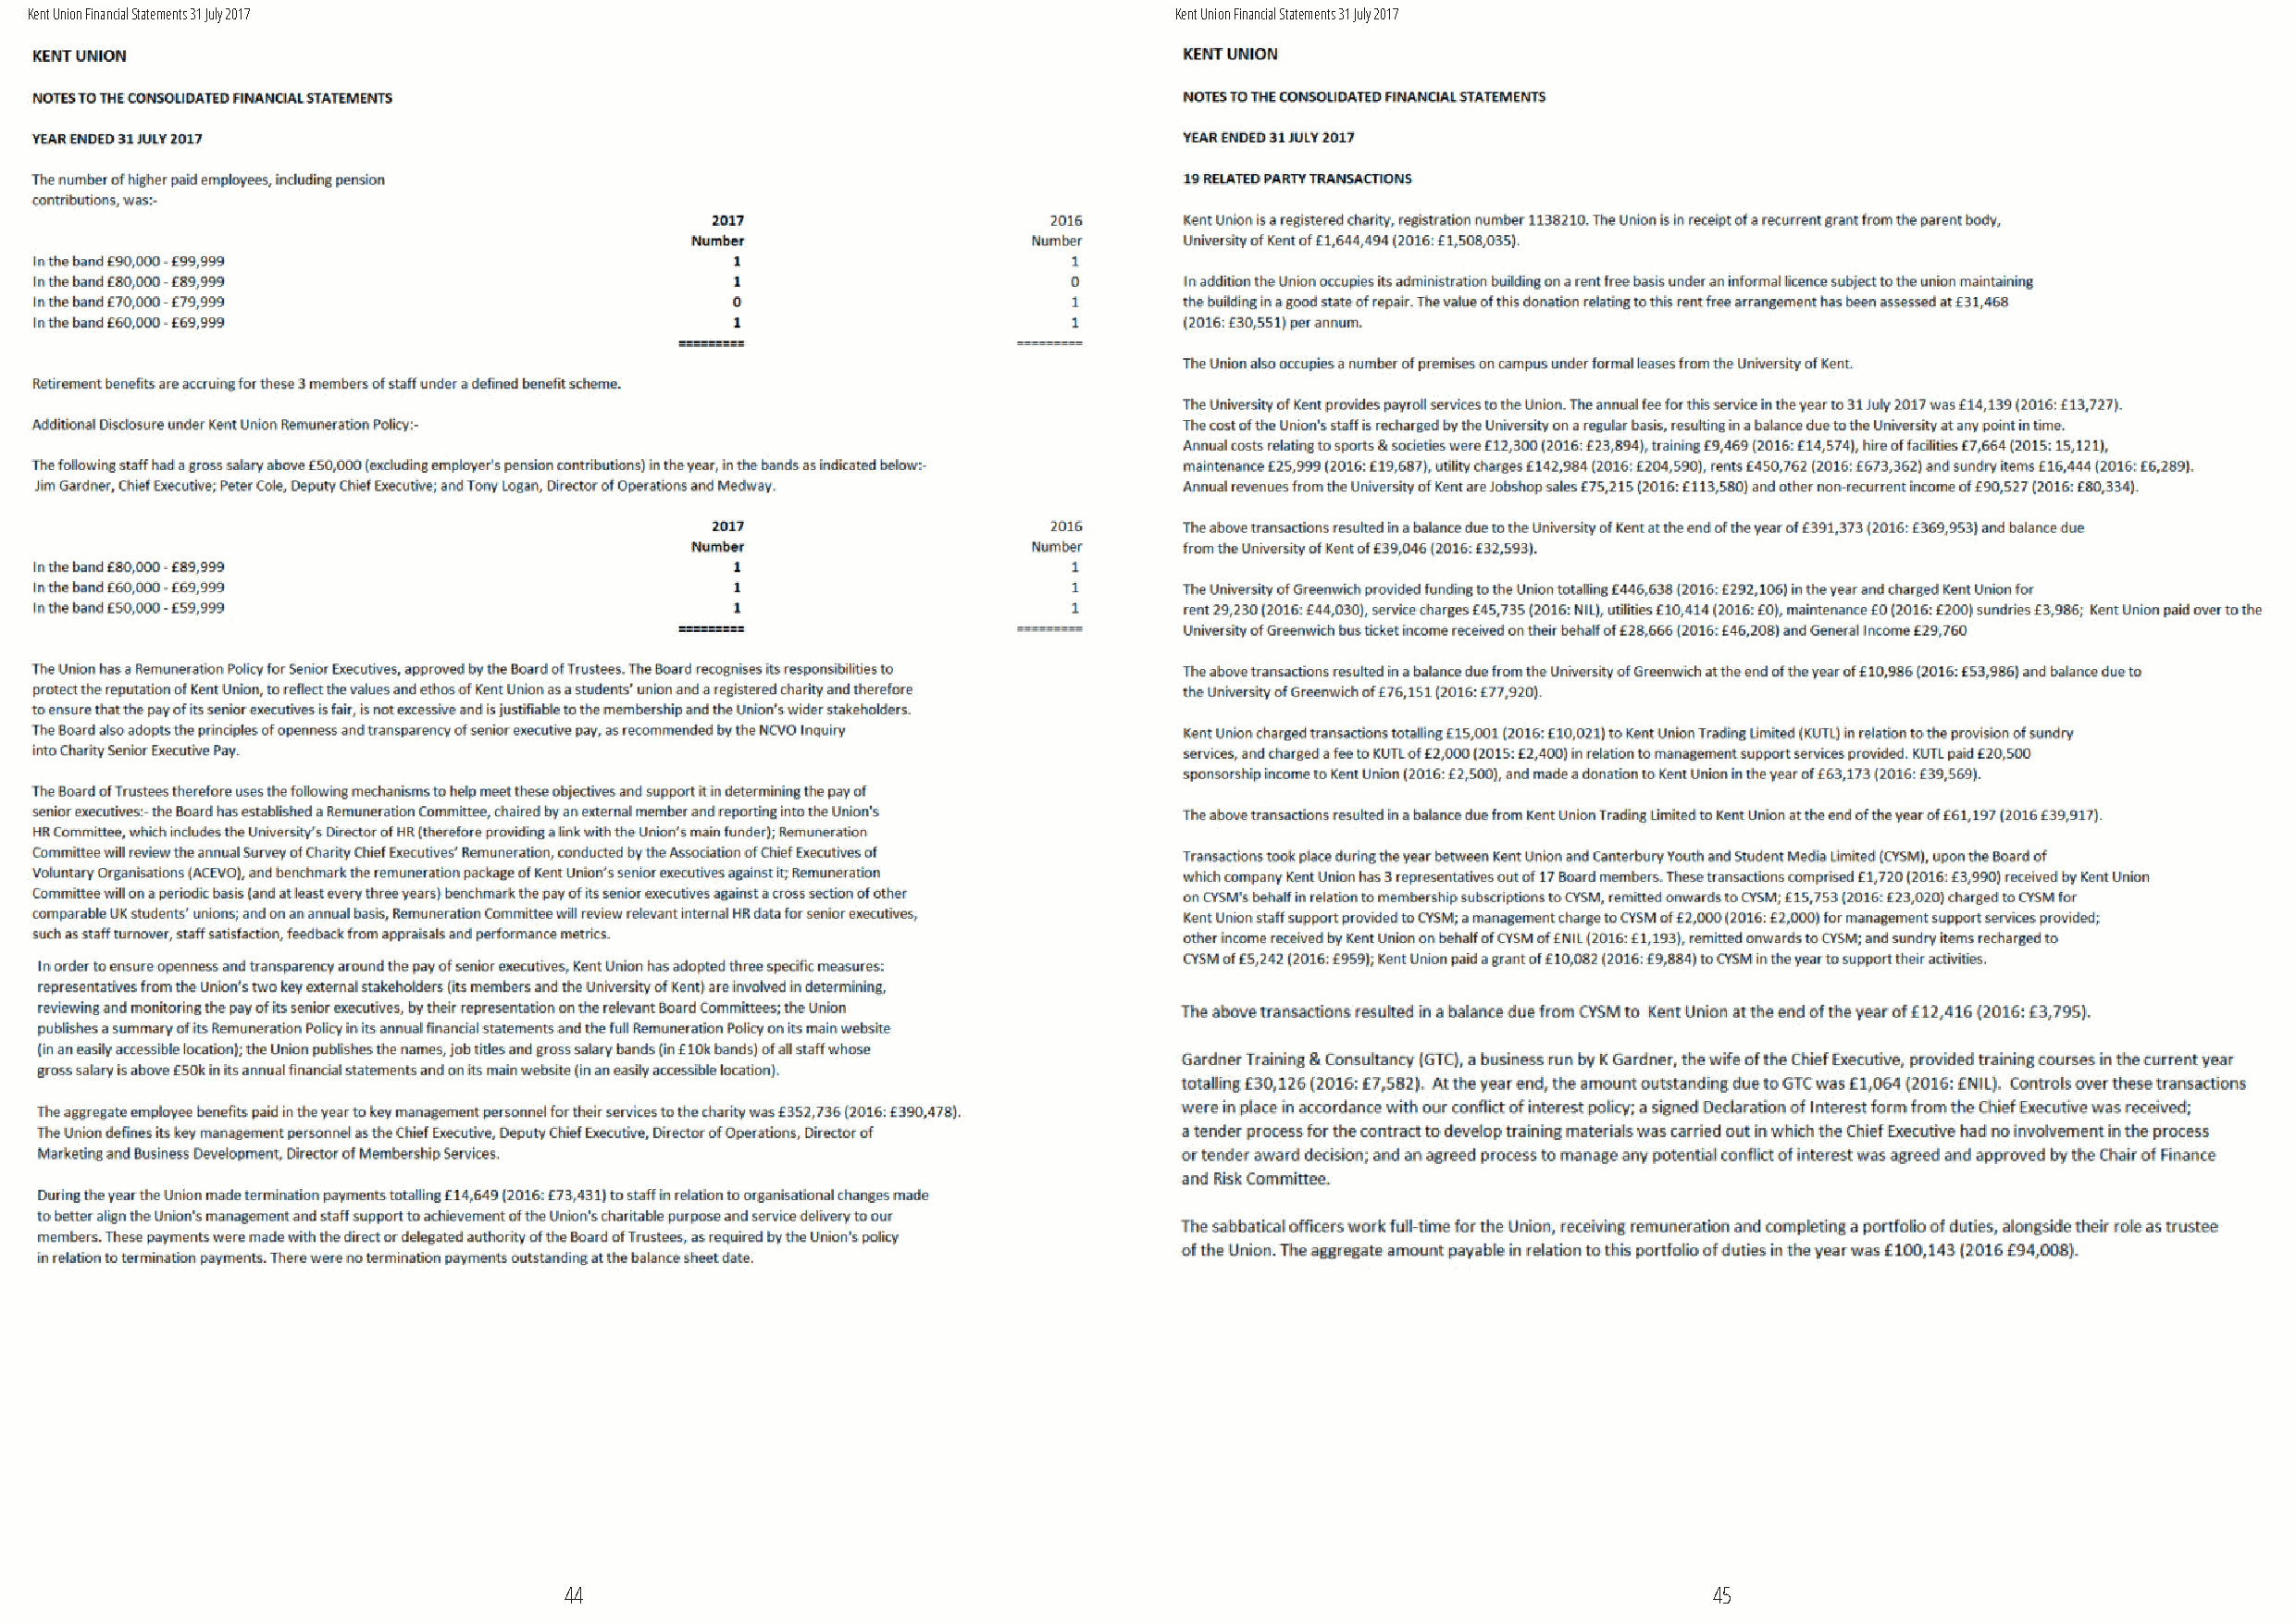
Kent Union Financial Statements 31 July 2017                                      Kent Union Financial Statements 31 July 2017
 44                                                                                45